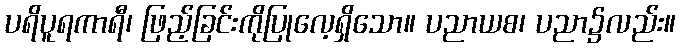
ပရိပူရကာရီ၊ ဖြည့်ခြင်းကိုပြုလေ့ရှိသော။ ပညာယစ၊ ပညာ၌လည်း။